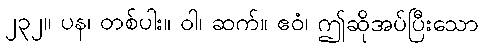
၂၃၂။ ပန၊ တစ်ပါး။ ဝါ၊ ဆက်။ ဧဝံ၊ ဤဆိုအပ်ပြီးသော